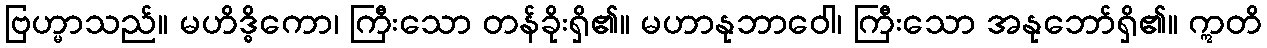
ဗြဟ္မာသည်။ မဟိဒ္ဓိကော၊ ကြီးသော တန်ခိုးရှိ၏။ မဟာနုဘာဝေါ၊ ကြီးသော အနုဘော်ရှိ၏။ ဣတိ